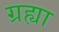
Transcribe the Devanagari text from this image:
ग्रह्या